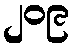
၂၀၉